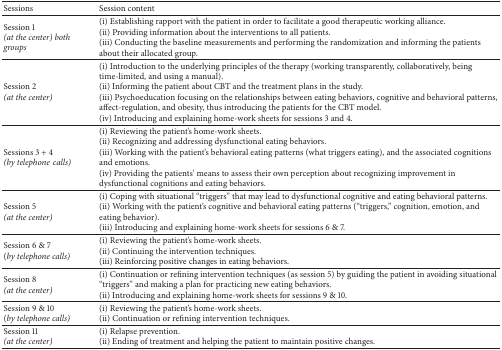
<table><thead><tr><td><b>Sessions</b></td><td><b>Session content</b></td></tr></thead><tbody><tr><td>Session 1 <i>(at the center) both groups </i></td><td>(i) Establishing rapport with the patient in order to facilitate a good therapeutic working alliance.(ii) Providing information about the interventions to all patients.(iii) Conducting the baseline measurements and performing the randomization and informing the patients about their allocated group.</td></tr><tr><td>Session 2 <i>(at the center) </i></td><td>(i) Introduction to the underlying principles of the therapy (working transparently, collaboratively, being time-limited, and using a manual).(ii) Informing the patient about CBT and the treatment plans in the study.(iii) Psychoeducation focusing on the relationships between eating behaviors, cognitive and behavioral patterns, affect-regulation, and obesity, thus introducing the patients for the CBT model.(iv) Introducing and explaining home-work sheets for sessions 3 and 4.</td></tr><tr><td>Sessions 3 + 4 <i>(by telephonecalls) </i></td><td>(i) Reviewing the patient&#x27;s home-work sheets.(ii) Recognizing and addressing dysfunctional eating behaviors.(iii) Working with the patient&#x27;s behavioral eating patterns (what triggers eating), and the associated cognitions and emotions.(iv) Providing the patients&#x27; means to assess their own perception about recognizing improvement in dysfunctional cognitions and eating behaviors.</td></tr><tr><td>Session 5 <i>(at the center) </i></td><td>(i) Coping with situational “triggers” that may lead to dysfunctional cognitive and eating behavioral patterns.(ii) Working with the patient&#x27;s cognitive and behavioral eating patterns (“triggers,” cognition, emotion, and eating behavior).(iii) Introducing and explaining home-work sheets for sessions 6 &amp; 7. </td></tr><tr><td>Session 6 &amp; 7 (<i>by telephone calls) </i></td><td>(i) Reviewing the patient&#x27;s home-work sheets.(ii) Continuing the intervention techniques.(iii) Reinforcing positive changes in eating behaviors.</td></tr><tr><td>Session 8 <i>(at the center) </i></td><td>(i) Continuation or refining intervention techniques (as session 5) by guiding the patient in avoiding situational “triggers” and making a plan for practicing new eating behaviors.(ii) Introducing and explaining home-work sheets for sessions 9 &amp; 10.</td></tr><tr><td>Session 9 &amp; 10 (<i>by telephone calls) </i></td><td>(i) Reviewing the patient&#x27;s home-work sheets.(ii) Continuation or refining intervention techniques. </td></tr><tr><td>Session 11 <i>(at the center) </i></td><td>(i) Relapse prevention.(ii) Ending of treatment and helping the patient to maintain positive changes.</td></tr></tbody></table>